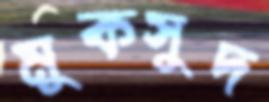
মুকসুদ